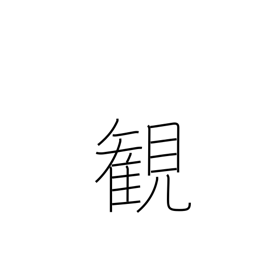
Meaning: view